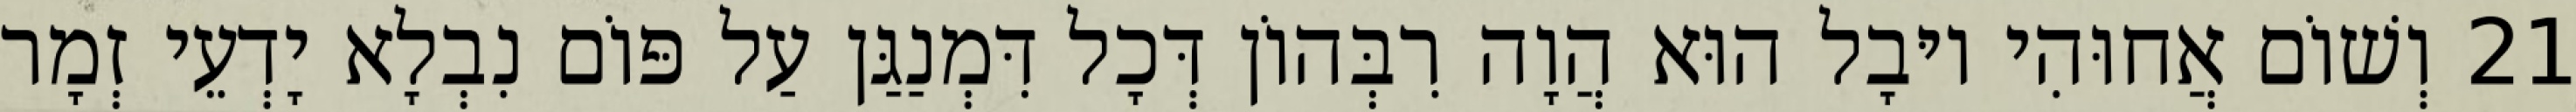
21 וְשׁוֹם אֲחוּהִי יוּבָל הוּא הֲוָה רִבְּהוֹן דְּכָל דִּמְנַגַּן עַל פּוֹם נִבְלָא יָדְעֵי זְמָר